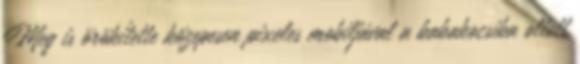
Meg is örökítette közepesen pixeles mobiljával a babakocsiba oltott